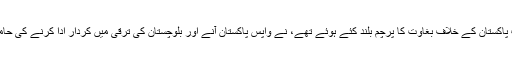
علاوہ ازیں نواب اکبر بگٹی کے صاحبزادے برہمداغ بگٹی جو اس سے قبل ریاستِ پاکستان کے خلاف بغاوت کا پرچم بلند کئے ہوئے تھے، نے واپس پاکستان آنے اور بلوچستان کی ترقی میں کردار ادا کرنے کی حامی بھری ہے اس سے بھی بلوچستان میں حالات کے بہتر ہو نے کا ثبوت ملتا ہے۔